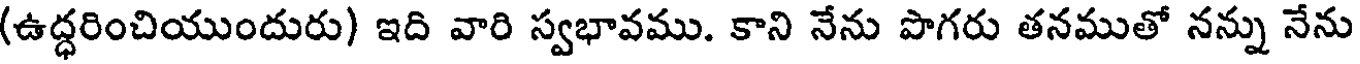
(ఉద్ధరించియుందురు) ఇది వారి స్వభావము. కాని నేను పొగరు తనముతో నన్ను నేను